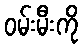
ဝမ်းမီးကို